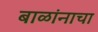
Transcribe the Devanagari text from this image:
बाळांनाचा